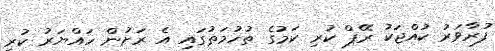
ފުރާވަރު ކުއްޖަކު ރޭޕް ކުރި ކަމުގެ ތުހުމަތުގައި އެ ރަށުން ހައްޔަރު ކުރި